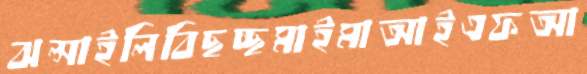
ঝল্‌সাইলিবিছচ্ছমাইমাআইএফআ